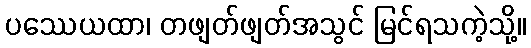
ပဿေယထာ၊ တဖျတ်ဖျတ်အသွင် မြင်ရသကဲ့သို့။